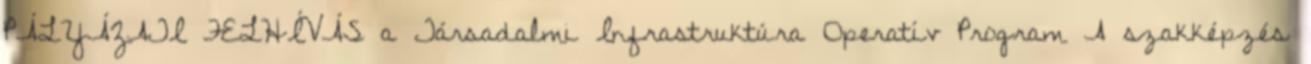
PÁLYÁZATI FELHÍVÁS a Társadalmi Infrastruktúra Operatív Program A szakképzés